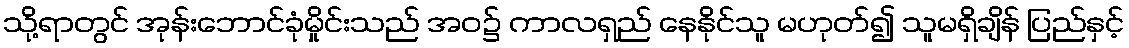
သို့ရာတွင် အုန်းဘောင်ခုံမှိုင်းသည် အဝ၌ ကာလရှည် နေနိုင်သူ မဟုတ်၍ သူမရှိချိန် ပြည်နှင့်